65_HS1-834228961_62-HQ-83894_Section_10
Agency: FBI
Page 27
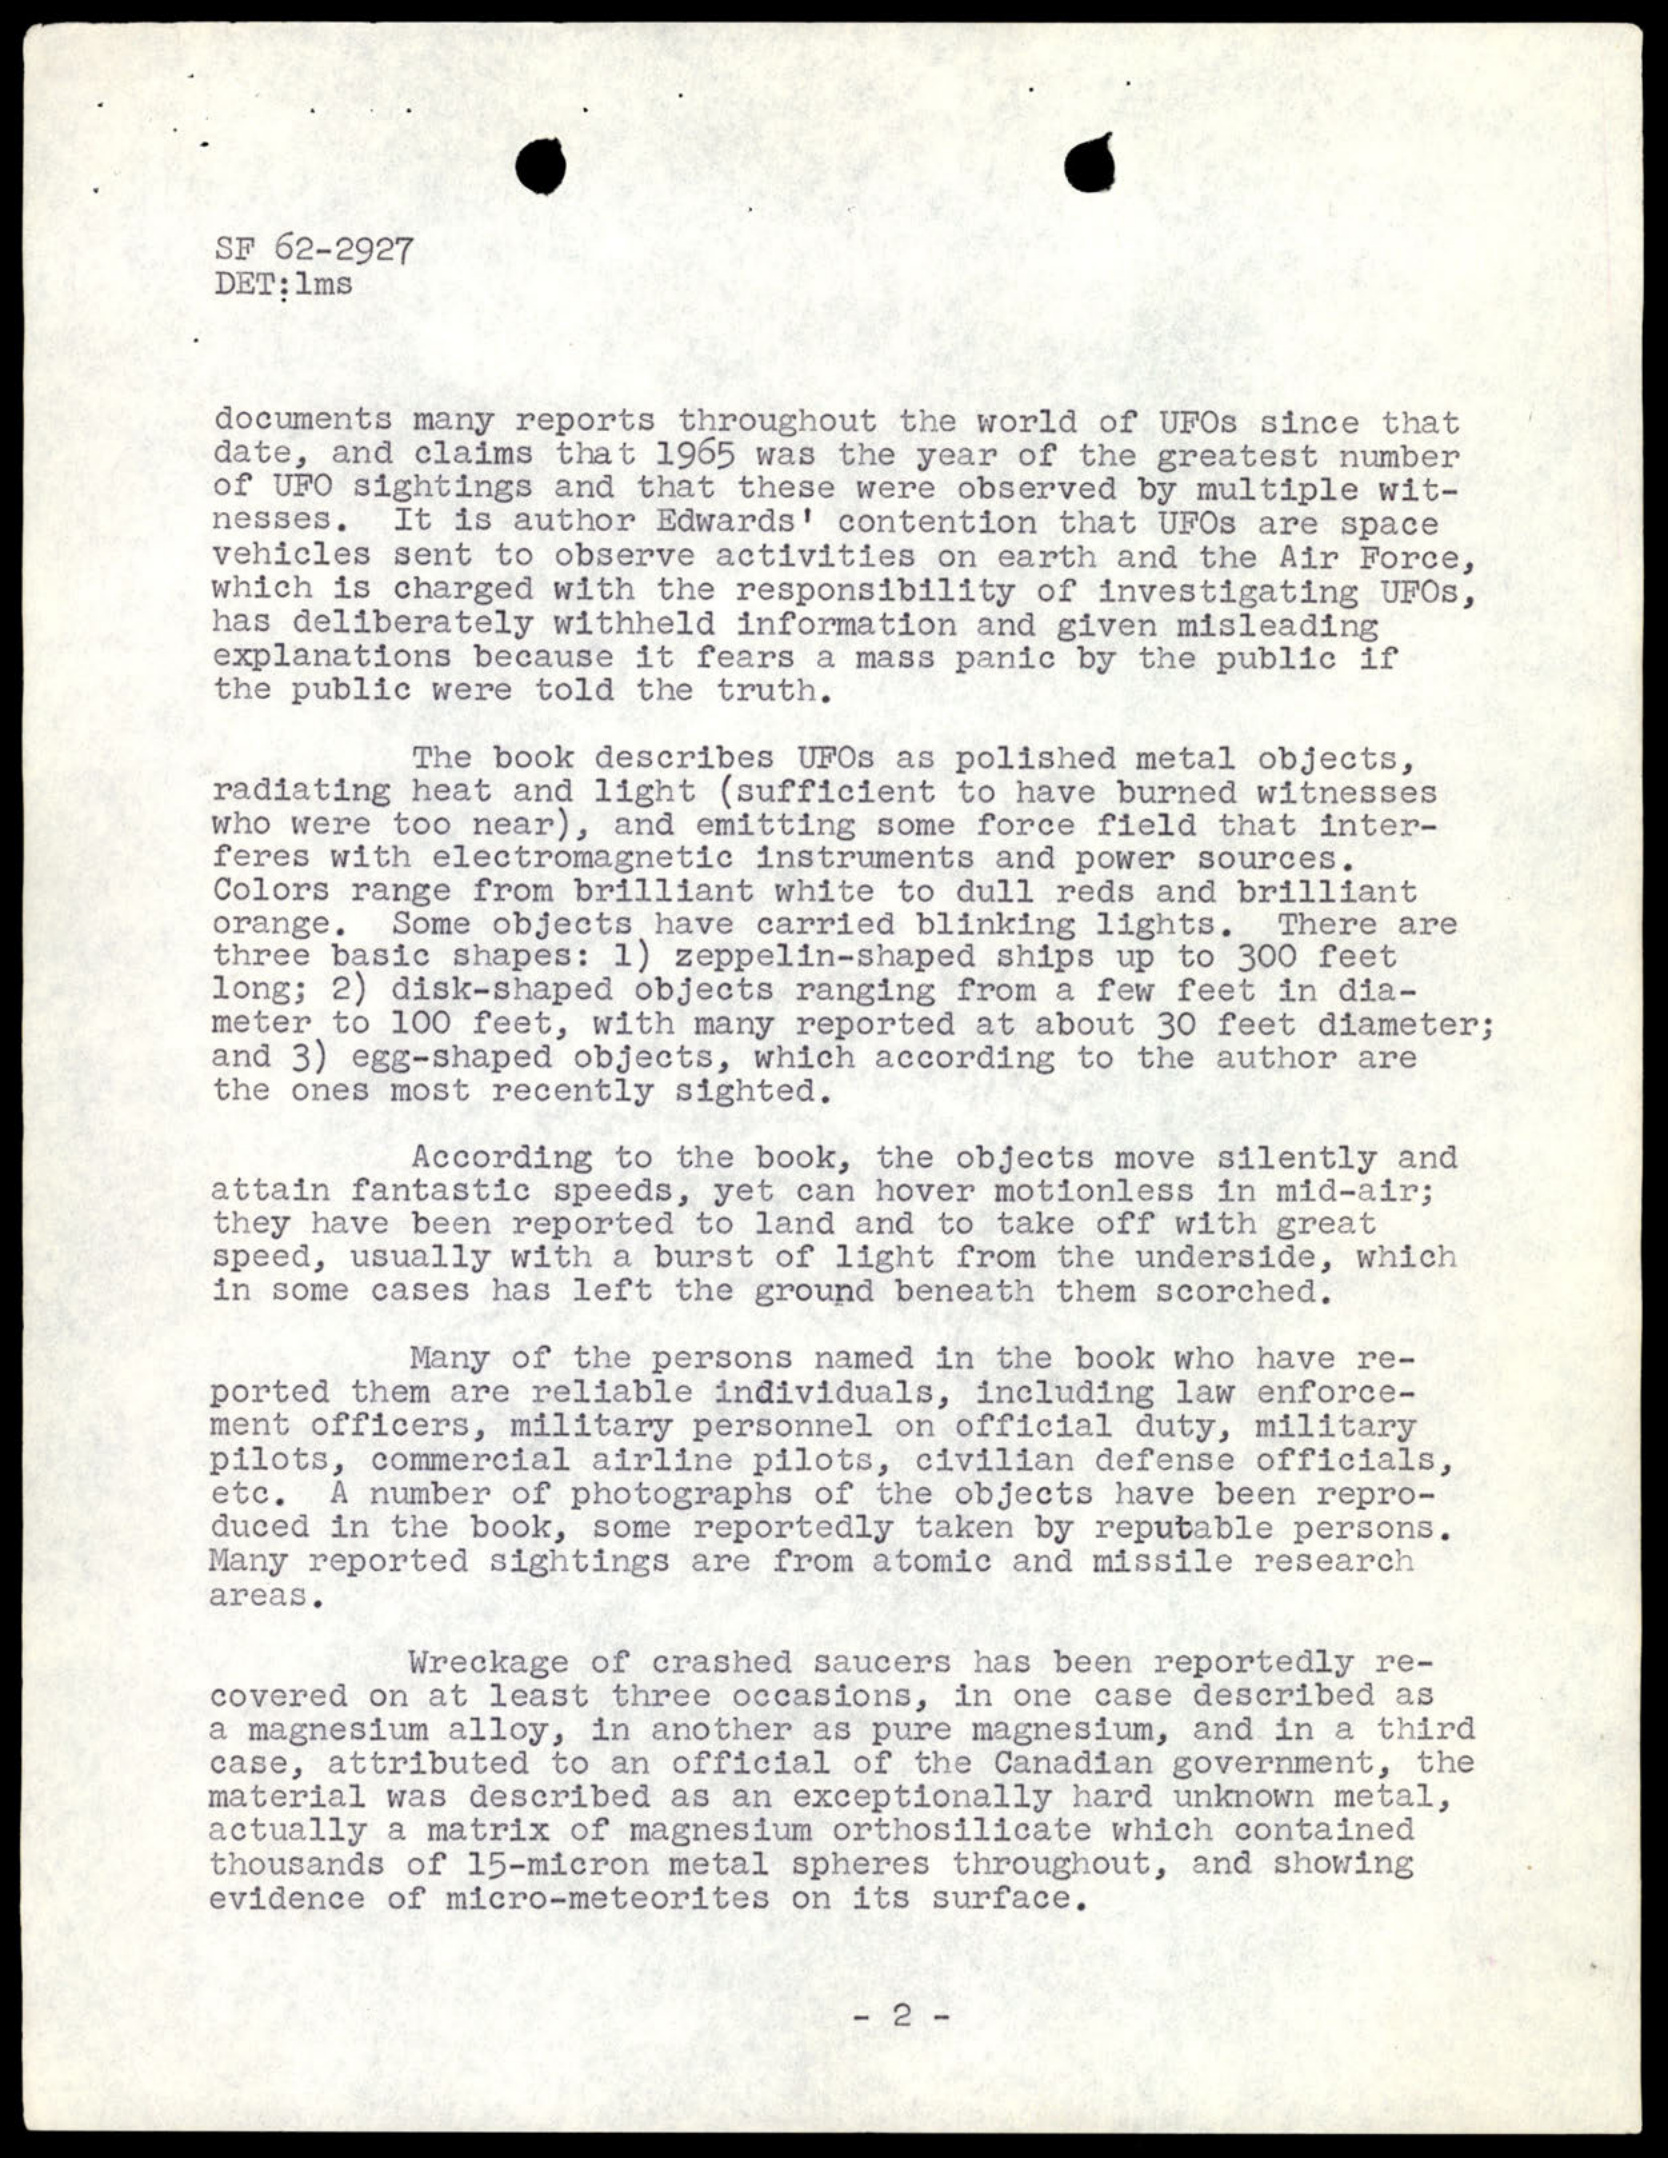